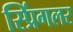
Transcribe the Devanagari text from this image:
स्प्रिंगलर